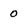
Character: 0